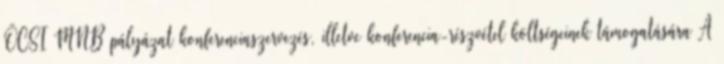
ÖCSI MNB pályázat konferenciaszervezés, illetve konferencia-részvétel költségeinek támogatására A